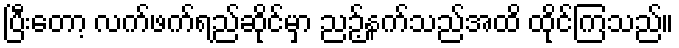
ပြီးတော့ လက်ဖက်ရည်ဆိုင်မှာ ညဉ့်နက်သည်အထိ ထိုင်ကြသည်။